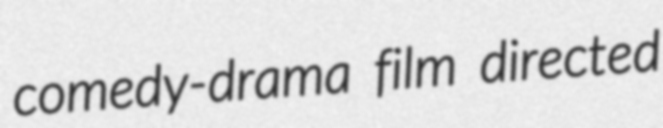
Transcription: comedy-drama film directed